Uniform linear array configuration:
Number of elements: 64
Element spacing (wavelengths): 0.25
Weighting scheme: blackman
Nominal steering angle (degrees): -30
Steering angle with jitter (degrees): -29.372
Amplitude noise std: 0.05
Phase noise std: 0.05

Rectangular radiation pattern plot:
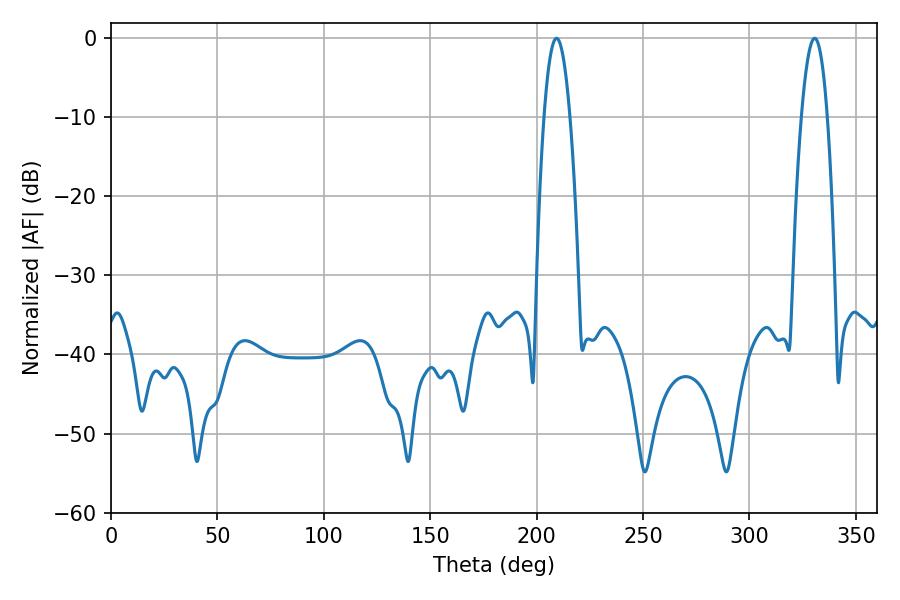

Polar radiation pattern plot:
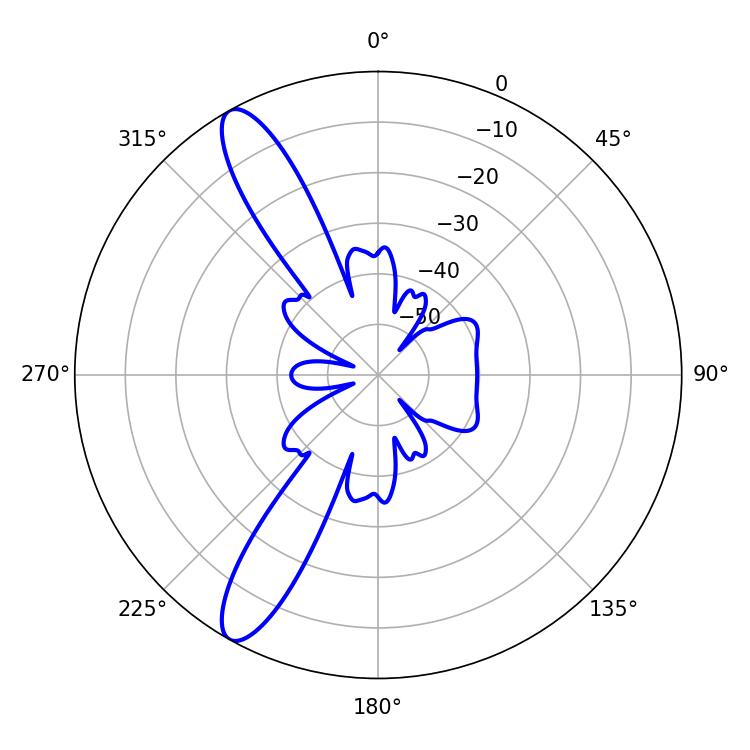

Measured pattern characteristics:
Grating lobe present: FALSE
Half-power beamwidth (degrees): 6.66
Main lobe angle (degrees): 209.34